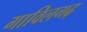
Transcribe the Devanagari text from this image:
गाविलगढ़